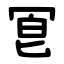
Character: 冟